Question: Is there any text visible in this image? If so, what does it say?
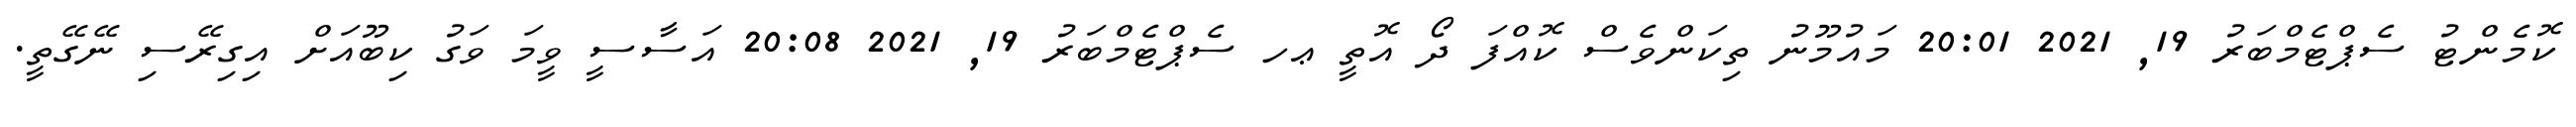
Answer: ކޮމެންޓު ސެޕްޓެމްބަރު 19, 2021 20:01 މައުމޫނު ތިކަންވެސް ކޮއްފަ ދޯ އޮތީ ޢހ ސެޕްޓެމްބަރު 19, 2021 20:08 އަސާސީ ވީމަ ވަގު ކިބޫއަށް އިގިރޭސި ނޭގޭތީ.